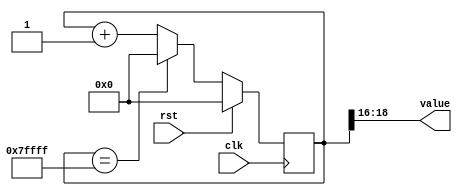
/*
   This file was generated automatically by Alchitry Labs version 1.2.7.
   Do not edit this file directly. Instead edit the original Lucid source.
   This is a temporary file and any changes made to it will be destroyed.
*/

/*
   Parameters:
     SIZE = 3
     DIV = 16
     TOP = 7
     UP = 1
*/
module counter_23 (
    input clk,
    input rst,
    output reg [2:0] value
  );
  
  localparam SIZE = 2'h3;
  localparam DIV = 5'h10;
  localparam TOP = 3'h7;
  localparam UP = 1'h1;
  
  
  reg [18:0] M_ctr_d, M_ctr_q = 1'h0;
  
  localparam MAX_VALUE = 19'h7ffff;
  
  always @* begin
    M_ctr_d = M_ctr_q;
    
    value = M_ctr_q[16+2-:3];
    if (1'h1) begin
      M_ctr_d = M_ctr_q + 1'h1;
      if (1'h1 && M_ctr_q == 19'h7ffff) begin
        M_ctr_d = 1'h0;
      end
    end else begin
      M_ctr_d = M_ctr_q - 1'h1;
      if (1'h1 && M_ctr_q == 1'h0) begin
        M_ctr_d = 19'h7ffff;
      end
    end
  end
  
  always @(posedge clk) begin
    if (rst == 1'b1) begin
      M_ctr_q <= 1'h0;
    end else begin
      M_ctr_q <= M_ctr_d;
    end
  end
  
endmodule